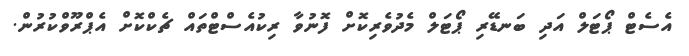
އެސެޓް ޕޯޓަލް އަދި ބަނޑޭރި ޕޯޓަލް މެދުވެރިކޮށް ފޮނުވާ ރިކުއެސްޓްތައް ޗެކްކޮށް އެޕްރޫވްކުރުން.